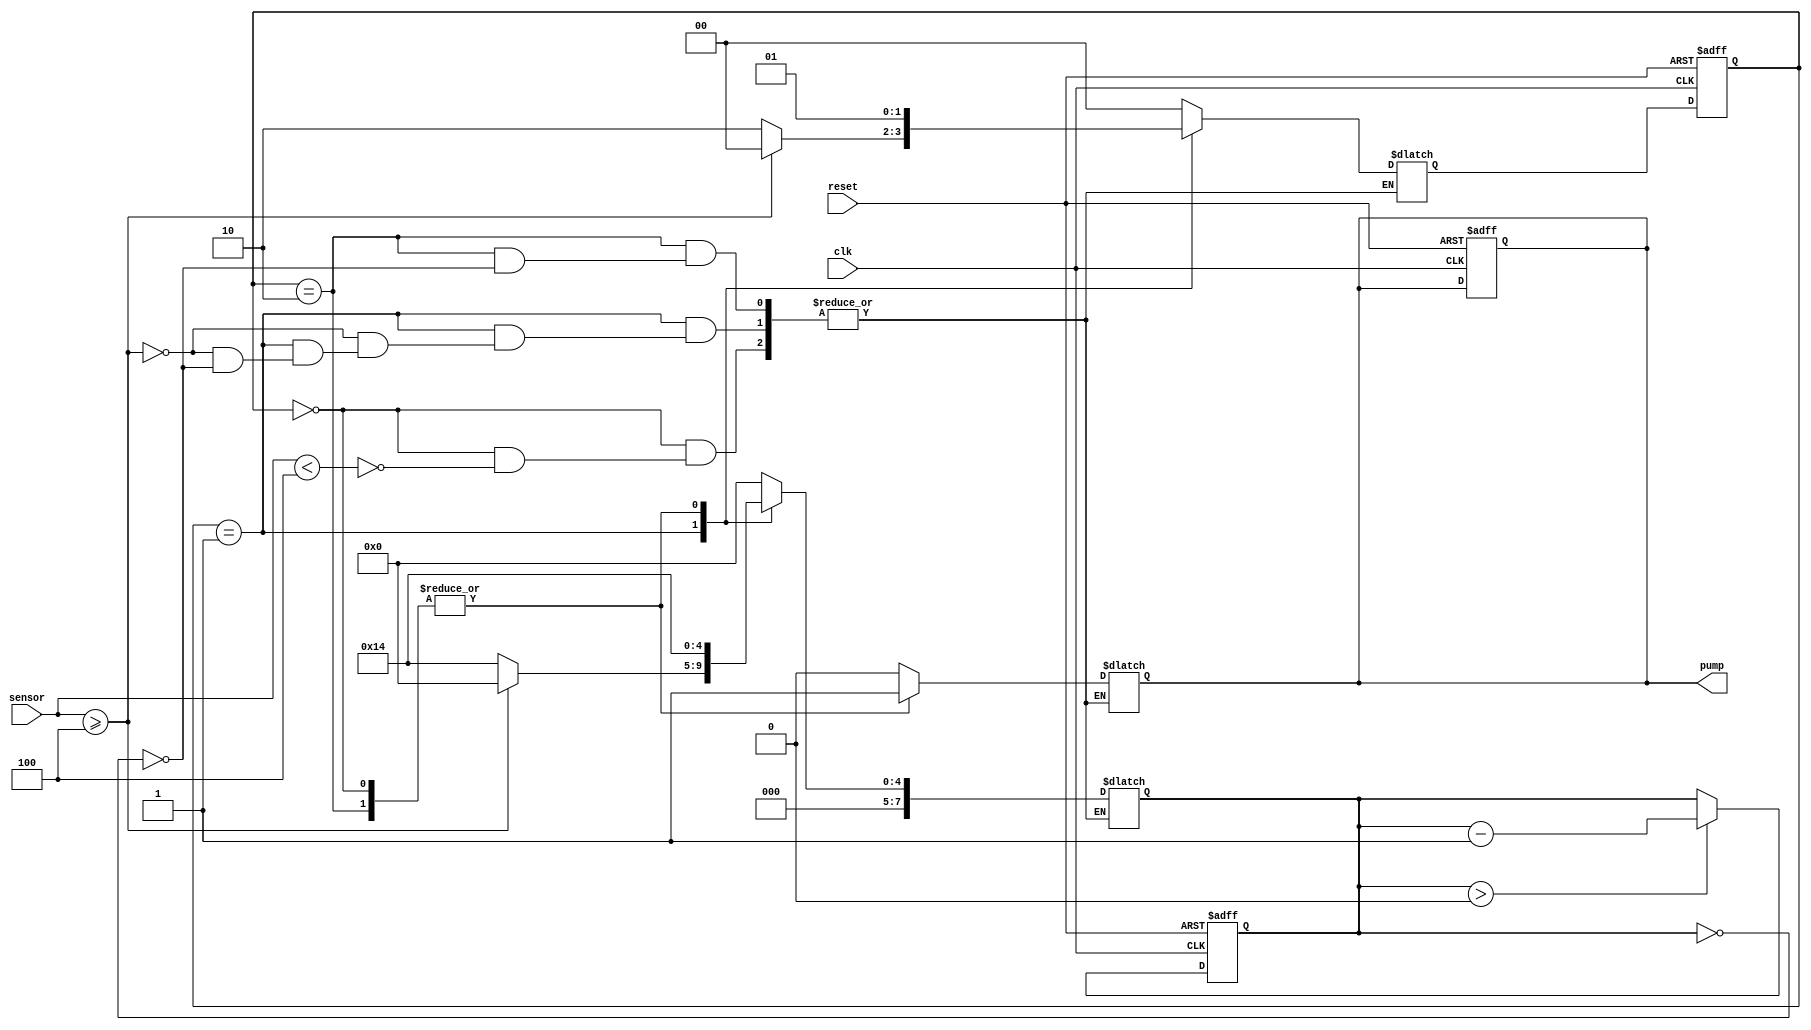
module irrigation_system(
  input clk, 
  input reset, 
  input [3:0] sensor, // soil moisture sensor input
  output reg pump // output control signal for pump
);

  localparam THRESHOLD = 4'b0100;
  localparam DELAY = 20;
  // Defining the states
  localparam IDLE = 2'b00;
  localparam PUMPING = 2'b01;
  localparam WAITING = 2'b10;

  reg [1:0] current_state, next_state;
  reg [7:0] counter;

  always @(posedge clk or negedge reset) begin
    if (reset == 0) begin
      current_state <= IDLE;
      counter <= 0;
      pump <= 0;
    end
    else begin
      current_state <= next_state;
      counter <= (counter > 0) ? counter - 1 : counter;
    end
  end

  always @(*) begin

    case (current_state)
      IDLE:
        if (sensor < THRESHOLD) begin // if soil moisture is low
          next_state = PUMPING; // change state to PUMPING
          pump = 1; // turn on pump
          counter = DELAY; // set counter to delay value
        end

      PUMPING:
        if (sensor >= THRESHOLD) begin // if soil moisture is high enough
          next_state = IDLE; // change state to IDLE
          pump = 0; // turn off pump
          counter = 0; // reset counter
        end
        else if (counter == 0) begin // if delay is over
          next_state = WAITING; // change state to WAITING
          counter = DELAY; // set counter to delay value
          pump = 0;
        end

      WAITING:
        if (counter == 0) begin // if delay is over
          next_state = PUMPING; // change state to PUMPING
          pump = 1; // turn on pump
          counter = DELAY; // set counter to delay value
        end
      default:
        begin
          next_state = IDLE;
          pump = 0; // turn off pump
          counter = 0;
        end
    endcase
  end
endmodule